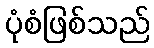
ပုံစံဖြစ်သည်